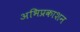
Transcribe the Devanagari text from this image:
अभिप्रकाशन